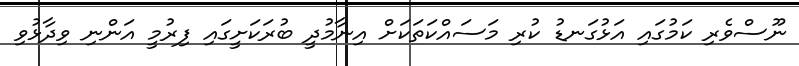
ނޫސްވެރި ކަމުގައި އަޅުގަނޑު ކުރި މަސައްކަތަކަށް އިނާމުދީ ބުރަކަށީގައި ފިރުމީ އަންނި ވިދާޅުވި